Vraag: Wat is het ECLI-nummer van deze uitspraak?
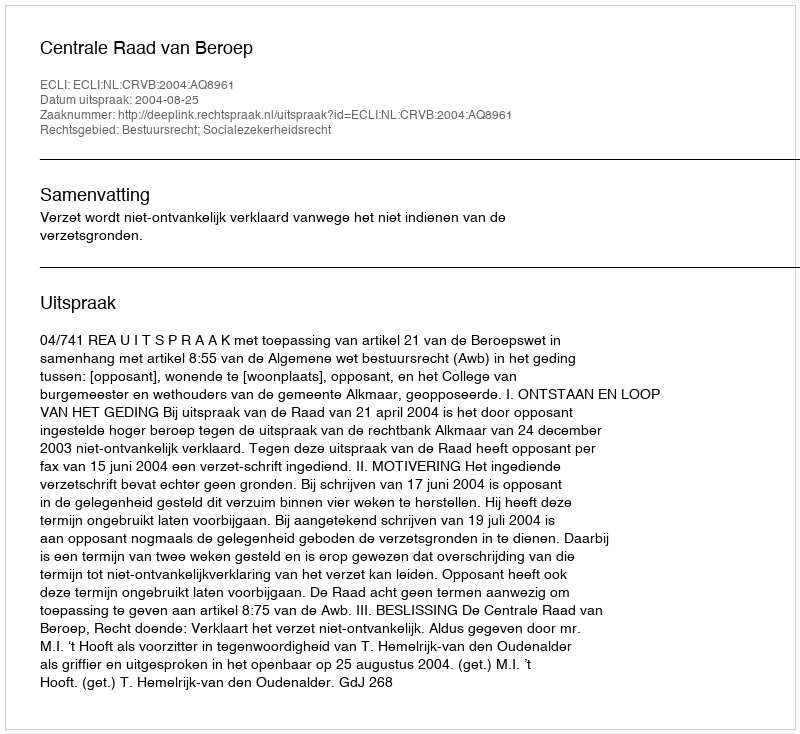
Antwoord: ECLI:NL:CRVB:2004:AQ8961